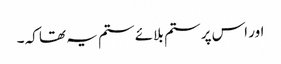
اور اس پر ستم بلائے ستم یہ تھا کہ ۔